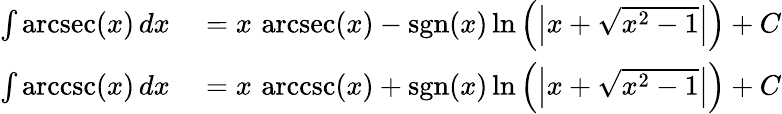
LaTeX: \begin{array}{rl}{\int\operatorname{arcsec}(x)\, dx}&{{}{}=x\, \operatorname{arcsec}(x)-\operatorname{sgn}(x)\ln\left(\left|x+{\sqrt{x^{2}-1}}\right|\right)+C}\\ {\int\operatorname{arccsc}(x)\, dx}&{{}{}=x\, \operatorname{arccsc}(x)+\operatorname{sgn}(x)\ln\left(\left|x+{\sqrt{x^{2}-1}}\right|\right)+C}\end{array}